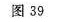
图39